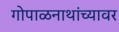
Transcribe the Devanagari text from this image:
गोपाळनाथांच्यावर